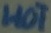
Text: HOT